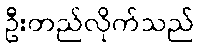
ဦးတည်လိုက်သည်